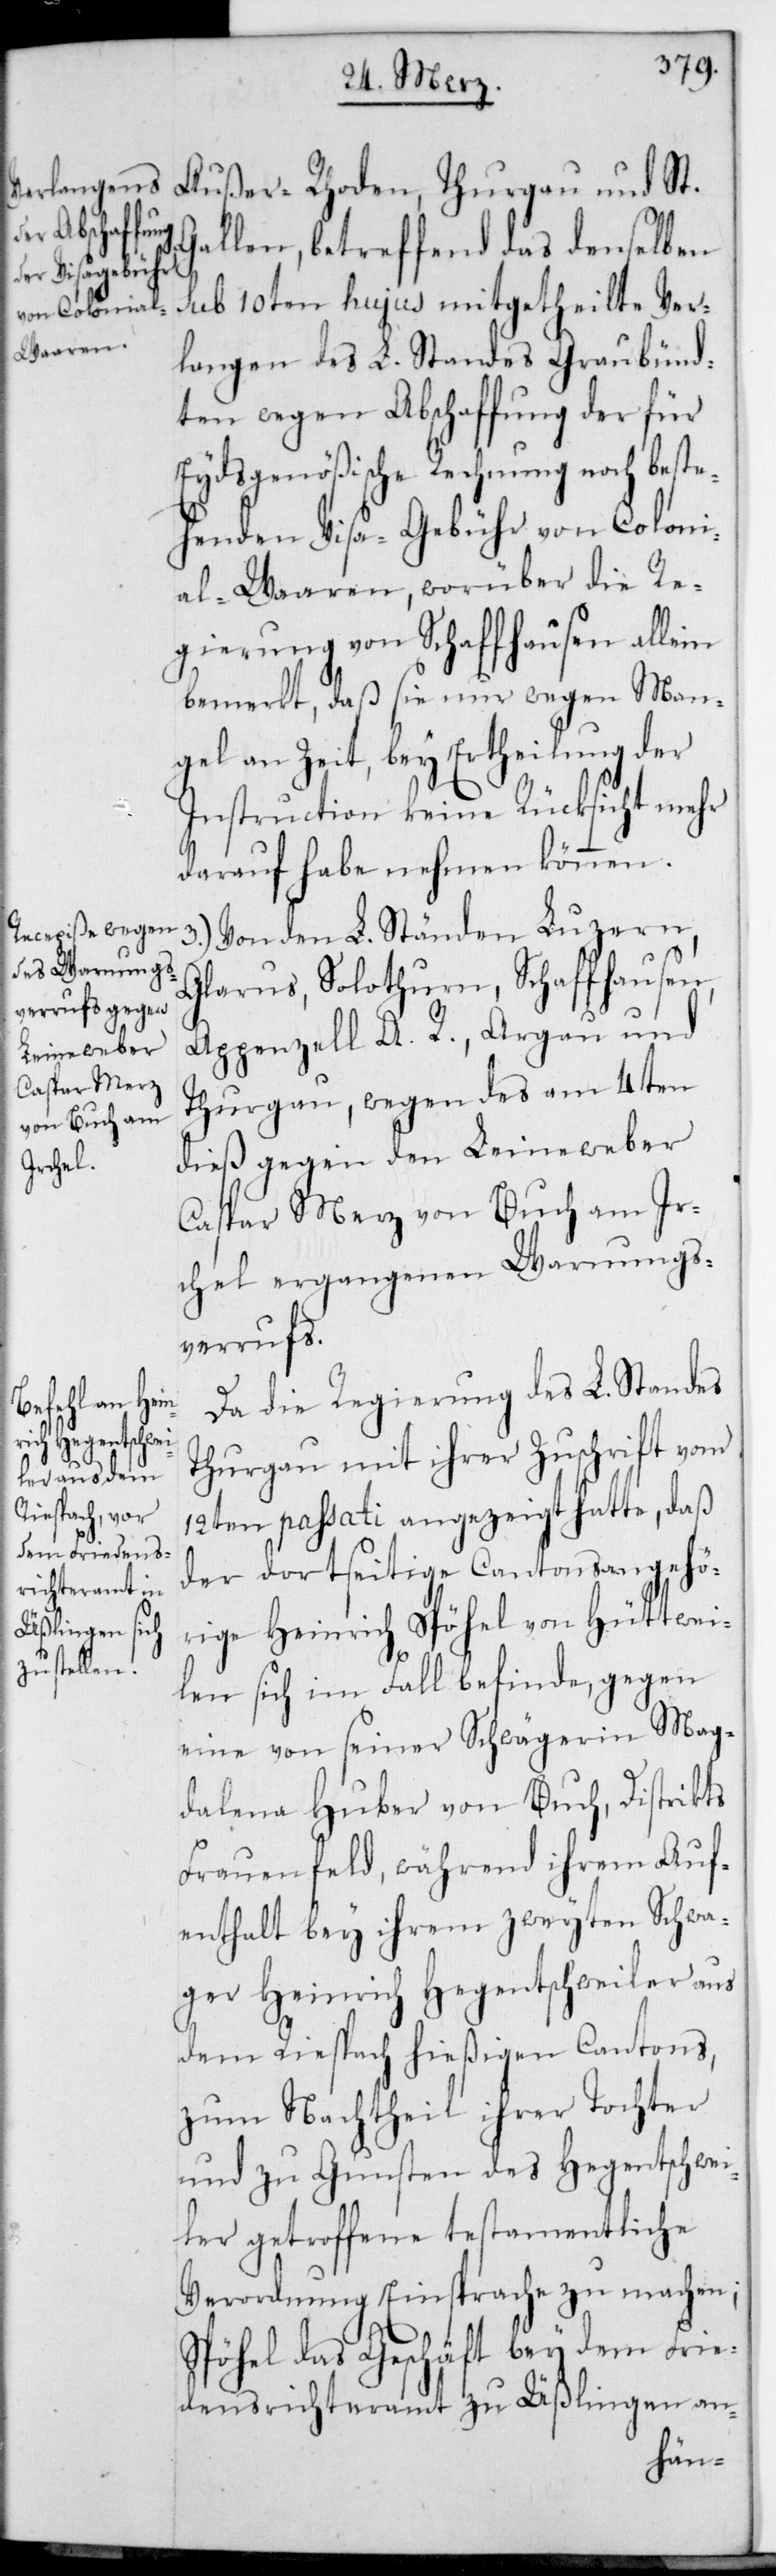
Gallen, betreffend das denselben
sub 10ten hujus mitgetheilte Ver¬
langen des L. Standes Graubünd¬
ten wegen Abschaffung der für
Eydsgenößische Rechnung noch beste¬
henden Visa-Gebühr von Coloni¬
alwaaren, worüber die Re¬
gierung von Schaffhausen allein
bemerkt, daß sie nur wegen Man¬
gel an Zeit, bey Ertheilung der
Instruction keine Rücksicht mehr
darauf habe nehmen können.
Von den L. Ständen Luzern,
Glarus, Solothurn, Schaffhausen,
Appenzell A. R., Argau und
Thurgau wegen des am 4ten
dieß gegen den Leineweber
Caspar Merz von Buch am Ir¬
chel ergangenen Warnungs¬
verrufs.
Da die Regierung des L. Standes
Thurgau mit ihrer Zuschrift vom
12ten passati angezeigt hatte, daß
der dortseitige Cantonsangehö¬
rige Heinrich Spöhel von Hüttwi¬
len sich im Fall befinde, gegen
eine von seiner Schwägerin Mag¬
dalena Huber von Buch, Distrikts
Frauenfeld, während ihrem Auf¬
enthalt bey ihrem zweyten Schwa¬
ger Heinrich Hegetschweiler aus
dem Riesbach, hießigen Cantons,
zum Nachtheil ihrer Tochter
und zu Gunsten des Hegetschwei¬
ler getroffene testamentliche
Verordnung Einsprache zu machen;
Spöhel das Geschäft bey dem Frie¬
densrichteramt zu Ueßlingen an-